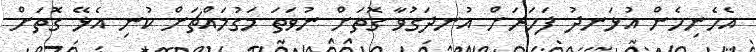
އެހެނިހެން އުޅަނދު ފަހަރަށް އުނދަގުވާ ގޮތަށް ނުވަތަ މަގުމައްޗަށް ކުނި އެޅޭ ގޮތަށް